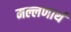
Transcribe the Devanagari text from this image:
मल्लणार्थ